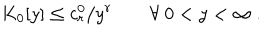
K _ { 0 } [ y ] \leq c _ { r } ^ { 0 } / y ^ { r } \qquad \forall ~ 0 < y < \infty ~ .